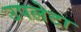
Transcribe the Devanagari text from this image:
उपलेटा